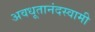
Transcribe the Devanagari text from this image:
अवधूतानंदस्वामी